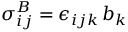
\sigma _ { i j } ^ { B } = \epsilon _ { i j k } \, b _ { k }